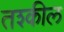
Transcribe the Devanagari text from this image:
तश्कील